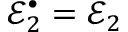
\mathcal { E } _ { 2 } ^ { \bullet } = \mathcal { E } _ { 2 }